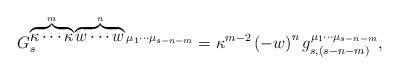
LaTeX: \begin{align*}G_{s}^{\overbrace{\kappa \cdots \kappa }^{m}\overbrace{w\cdots w}^{n}\mu_{1}\cdots \mu _{s-n-m}}=\kappa ^{m-2}\left( -w\right)^{n}g_{s,(s-n-m)}^{\mu _{1}\cdots \mu _{s-n-m}},\end{align*}